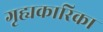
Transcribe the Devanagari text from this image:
गृह्यकारिका